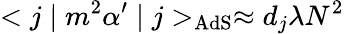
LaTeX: <j\mid m^{2}\alpha^{\prime}\mid j>_{\mathrm{AdS}}\approx d_{{j}}\lambda N^{2}